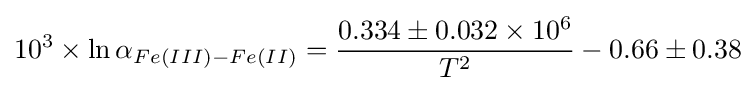
10^{3}\times \ln {\alpha _{Fe(III)-Fe(II)}}={\frac {0.334\pm 0.032\times 10^{6}}{T^{2}}}-0.66\pm 0.38